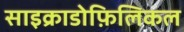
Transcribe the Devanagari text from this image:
साइक्राडोफ़िलिकल